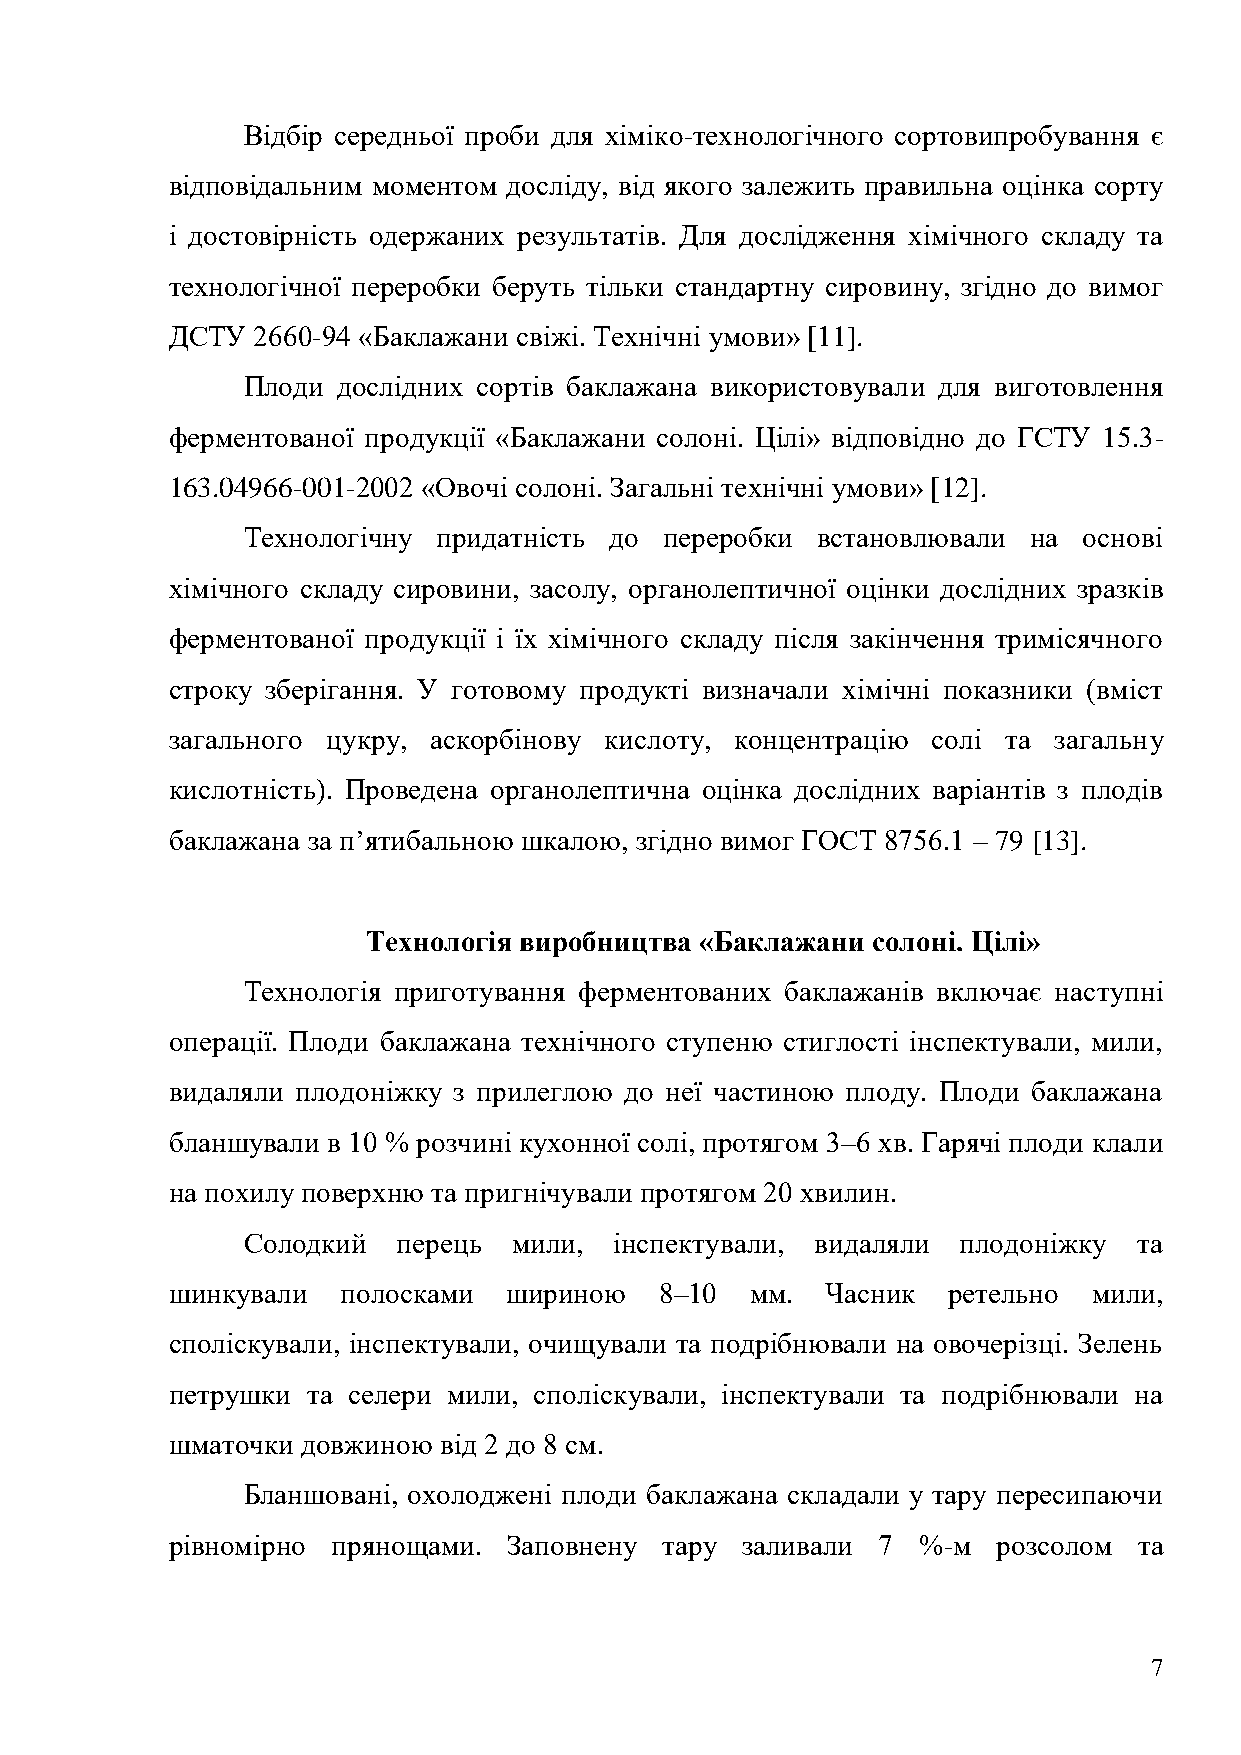
Відбір середньої проби для хіміко-технологічного сортовипробування є
 відповідальним моментом досліду, від якого залежить правильна оцінка сорту
 і достовірність одержаних результатів. Для дослідження хімічного складу та
 технологічної переробки беруть тільки стандартну сировину, згідно до вимог
 ДСТУ  2660-94 «Баклажани свіжі. Технічні умови» [11].
 Плоди дослідних сортів баклажана використовували для виготовлення
 ферментованої продукції «Баклажани солоні. Цілі» відповідно до ГСТУ 15.3-
 163.04966-001-2002 «Овочі солоні. Загальні технічні умови» [12].
 Технологічну придатність до переробки встановлювали на  основі
 хімічного складу сировини, засолу, органолептичної оцінки дослідних зразків
 ферментованої продукції і їх хімічного складу після закінчення тримісячного
 строку зберігання. У готовому продукті визначали хімічні показники (вміст
 загального цукру, аскорбінову кислоту, концентрацію солі та загальну
 кислотність). Проведена органолептична оцінка дослідних варіантів з плодів
 баклажана за п’ятибальною шкалою, згідно вимог ГОСТ 8756.1 – 79 [13].
 Технологія виробництва «Баклажани солоні. Цілі»
 Технологія приготування ферментованих баклажанів включає наступні
 операції. Плоди баклажана технічного ступеню стиглості інспектували, мили,
 видаляли плодоніжку з прилеглою до неї частиною плоду. Плоди баклажана
 бланшували в 10 % розчині кухонної солі, протягом 3–6 хв. Гарячі плоди клали
 на похилу поверхню та пригнічували протягом 20 хвилин.
 Солодкий  перець  мили,  інспектували, видаляли плодоніжку та
 шинкували   полосками шириною    8–10  мм.  Часник  ретельно мили,
 споліскували, інспектували, очищували та подрібнювали на овочерізці. Зелень
 петрушки та селери мили, споліскували, інспектували та подрібнювали на
 шматочки довжиною від 2 до 8 см.
 Бланшовані, охолоджені плоди баклажана складали у тару пересипаючи
 рівномірно прянощами.  Заповнену тару заливали 7  %-м  розсолом та
 7